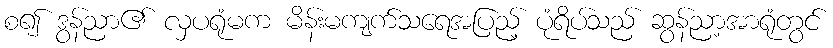
စ၍ ဒွန်ညာ၏ လှပရုံမက မိန်းမကျက်သရေအပြည့် ပုံရိပ်သည် ဆွန်ညာ့အာရုံတွင်